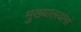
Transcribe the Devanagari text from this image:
मुख्यालयांना